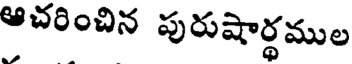
ఆచరించిన పురుషార్థముల